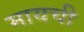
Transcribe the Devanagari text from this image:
मायची